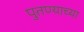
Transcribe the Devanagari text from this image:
पुतण्याच्या